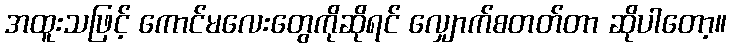
အထူးသဖြင့် ကောင်မလေးတွေကိုဆိုရင် လျှောက်စတတ်တာ ဆိုပါတော့။